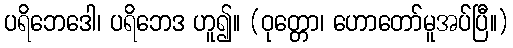
ပရိဘေဒေါ၊ ပရိဘေဒ ဟူ၍။ (ဝုတ္တော၊ ဟောတော်မူအပ်ပြီ။)